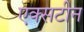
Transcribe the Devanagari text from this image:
एक्सटीन